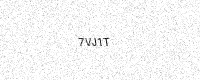
Text: 7VJ1T